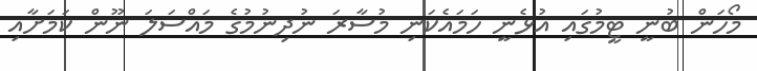
މޯހަން ބުނީ ޓީމުގައި އުޅެނީ ހަމައެކަނި މުސާރަ ނުދިނުމުގެ މައްސަލަ ނޫން ކަމަށާއި